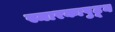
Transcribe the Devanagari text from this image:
स्मारकापुढून